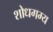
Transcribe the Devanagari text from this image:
शोधगम्‍य